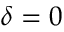
\delta = 0